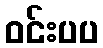
ဝင်းပပ